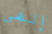
إلهي